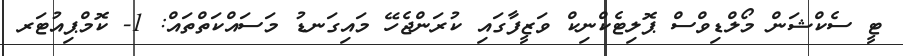
ޓީ ސެކްޝަން މޯލްޑިވްސް ޕޮލިޓެކްނިކް ވަޒީފާގައި ކުރަންޖެހޭ މައިގަނޑު މަސައްކަތްތައް: 1- ކޮމްޕިއުޓަރ